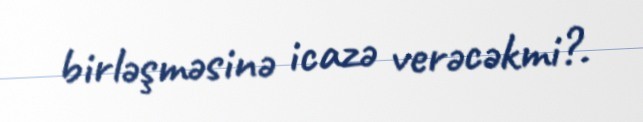
birləşməsinə icazə verəcəkmi?.